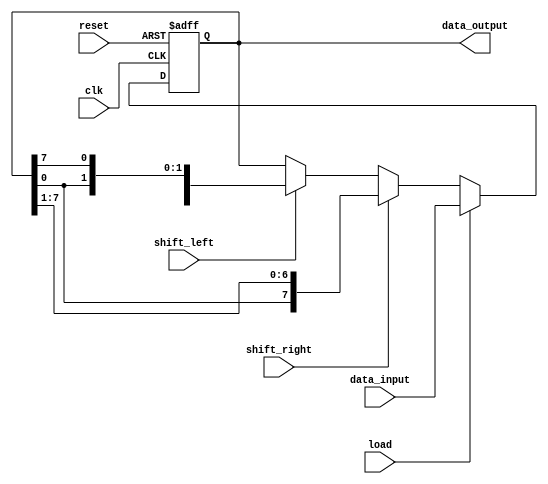
module universal_shift_register (
    input wire clk,
    input wire reset,
    input wire load,
    input wire shift_left,
    input wire shift_right,
    input wire [7:0] data_input,
    output wire [7:0] data_output
);

reg [7:0] data_register;

always @(posedge clk or posedge reset) begin
    if (reset) begin
        data_register <= 8'b00000000;
    end else begin
        if (load) begin
            data_register <= data_input;
        end else begin
            if (shift_left) begin
                data_register <= {data_register[6:0], data_register[7]};
            end
            if (shift_right) begin
                data_register <= {data_register[0], data_register[7:1]};
            end
        end
    end
end

assign data_output = data_register;

endmodule